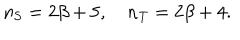
n _ { \mathrm { S } } = 2 \beta + 5 , \quad n _ { \mathrm { T } } = 2 \beta + 4 .